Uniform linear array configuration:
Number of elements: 12
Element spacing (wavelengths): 0.75
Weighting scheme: hamming
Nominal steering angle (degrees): -45
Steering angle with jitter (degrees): -43.247
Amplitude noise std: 0.05
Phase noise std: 0.05

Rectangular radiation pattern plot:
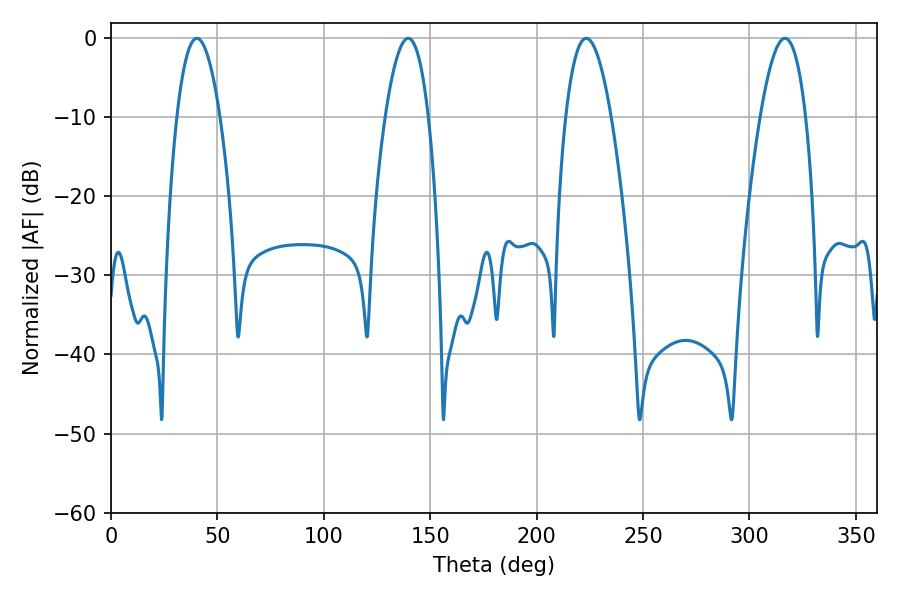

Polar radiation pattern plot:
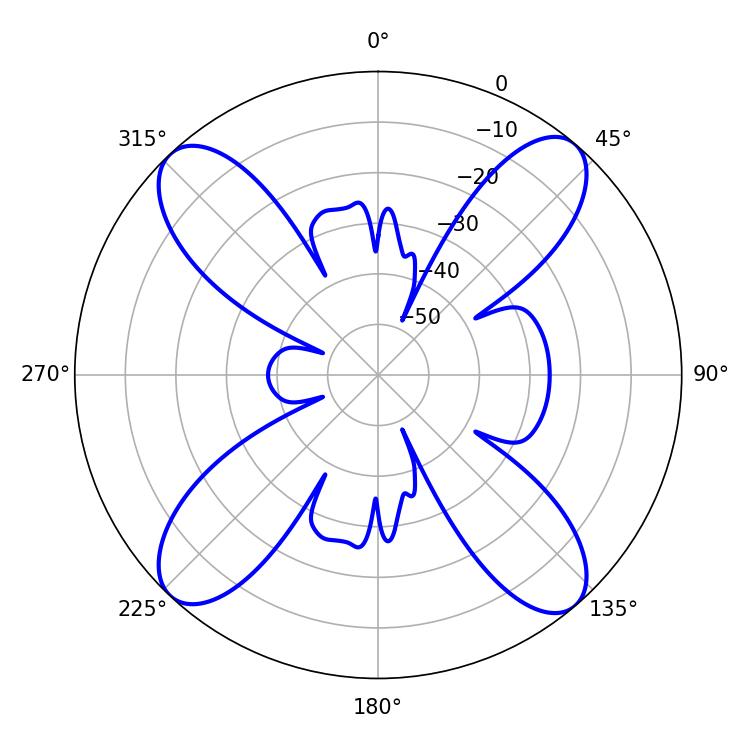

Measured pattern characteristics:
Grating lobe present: TRUE
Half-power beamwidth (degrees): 11.34
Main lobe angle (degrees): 40.32